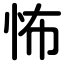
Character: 怖